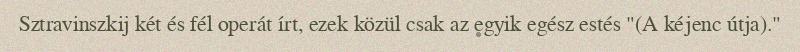
Sztravinszkij két és fél operát írt, ezek közül csak az egyik egész estés "(A kéjenc útja)."